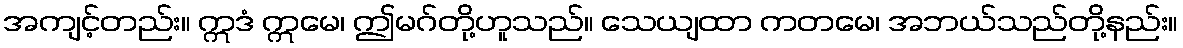
အကျင့်တည်း။ ဣဒံ ဣမေ၊ ဤမဂ်တို့ဟူသည်။ သေယျထာ ကတမေ၊ အဘယ်သည်တို့နည်း။